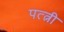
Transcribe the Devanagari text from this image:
पत्त्नी